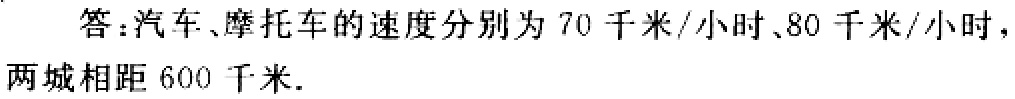
答：汽车、摩托车的速度分别为 \(70\) 千米/小时、\(80\) 千米/小时，两城相距 \(600\) 千米.